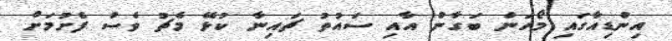
އިންޑިއާގައި މޯހަން ބަގާން އާއި ސައުތު ޗައިނާ ކުޅޭ މެޗު ވެސް ފެށުމަށް